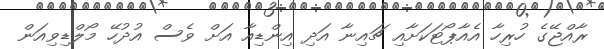
ރާއްޖޭގެ ހުރިހާ އެއާޕޯޓަކަށާއި ޗައިނާ އަދި އިންޑިއާ އަށް ވެސް އުދުހޭ މޯލްޑިވިއަން